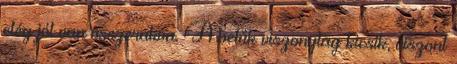
elég jól van összerakva. A betűk viszonylag kicsik, viszont